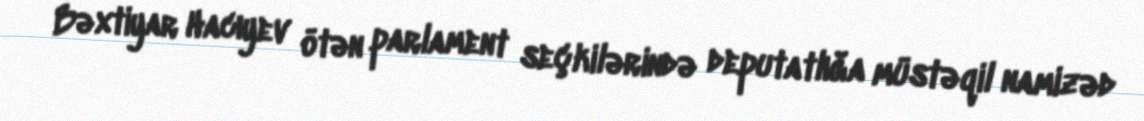
Bəxtiyar Hacıyev ötən parlament seçkilərində deputatlığa müstəqil namizəd